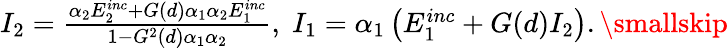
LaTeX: \begin{array}{r}{I_{2}=\frac{\alpha_{2}E_{2}^{inc}+G(d)\alpha_{1}\alpha_{2}E_{1}^{inc}}{1-G^{2}(d)\alpha_{1}\alpha_{2}},\; I_{1}=\alpha_{1}\left(E_{1}^{inc}+G(d)I_{2}\right).\smallskip}\end{array}